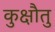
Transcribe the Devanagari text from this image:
कुक्षौतु